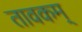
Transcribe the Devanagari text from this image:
तावकम्